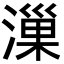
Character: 漅